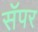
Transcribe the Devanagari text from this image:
सॅपर